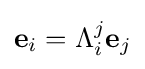
\mathbf {e} _{i}=\Lambda _{i}^{j}\mathbf {e} _{j}